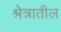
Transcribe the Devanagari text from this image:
श्रेत्रातील